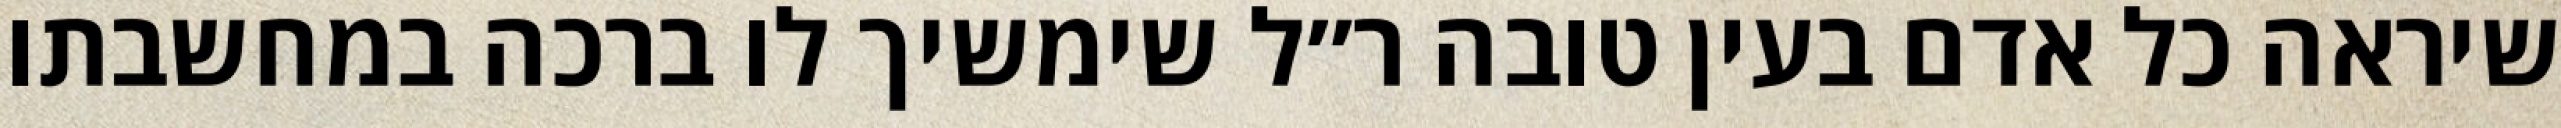
שיראה כל אדם בעין טובה ר״ל שימשיך לו ברכה במחשבתו